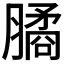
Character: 𦠈